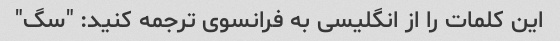
این کلمات را از انگلیسی به فرانسوی ترجمه کنید: "سگ"